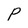
Character: P